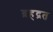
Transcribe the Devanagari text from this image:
ब्रहद्रत